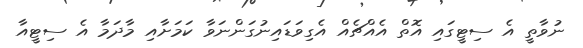
ނުވާތީ އެ ސިޓީގައި އޮތް އެއްޗެއް އެގިވަޑައިނުގަންނަވާ ކަމަށާއި މާދަމާ އެ ސިޓީއާ